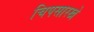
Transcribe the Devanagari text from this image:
चिपसारखे